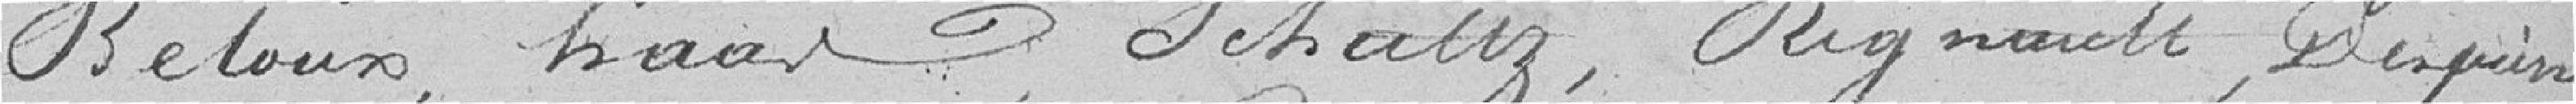
Beloux, Haas, Schultz, Regnaude, Despierre